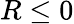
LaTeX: R\le 0